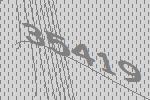
35419